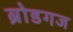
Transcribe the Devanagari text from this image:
ब्रोडगज